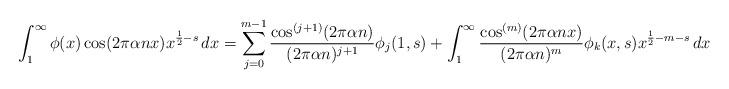
LaTeX: \begin{align*}\int_1^\infty\phi(x)\cos(2\pi\alpha nx)x^{\frac12-s}\,dx=\sum_{j=0}^{m-1}\frac{\cos^{(j+1)}(2\pi\alpha n)}{(2\pi\alpha n)^{j+1}}\phi_j(1,s)+\int_1^\infty\frac{\cos^{(m)}(2\pi\alpha nx)}{(2\pi\alpha n)^m}\phi_k(x,s)x^{\frac12-m-s}\,dx\end{align*}